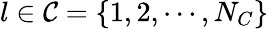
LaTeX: l\in\mathcal{C}=\{ 1,2,\cdots,N_{C}\}